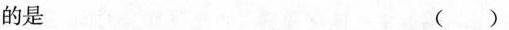
的是 ( )